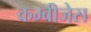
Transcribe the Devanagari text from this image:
कम्बीजेस